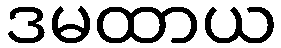
ဒမထာယ